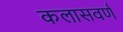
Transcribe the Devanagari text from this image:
कलासवर्ण